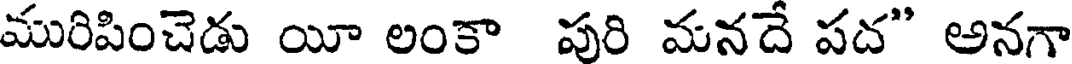
మురిపించెడు యీ లంకా పురి మనదే పద" అనగా